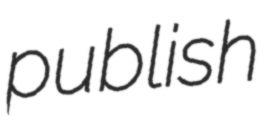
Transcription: publish